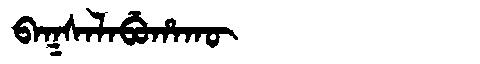
Manchu: ᠪᠠᡴᠰᠠᠯᠠᠪᡠᡥᠠᡴᡡ
Romanization: BAKSALABUHAKŪ